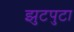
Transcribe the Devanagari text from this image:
झुटपुटा